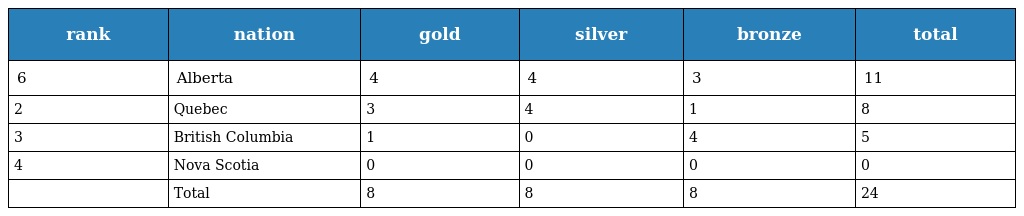
| rank | nation | gold | silver | bronze | total |
 | --- | --- | --- | --- | --- | --- |
 | 6 | Alberta | 4 | 4 | 3 | 11 |
 | 2 | Quebec | 3 | 4 | 1 | 8 |
 | 3 | British Columbia | 1 | 0 | 4 | 5 |
 | 4 | Nova Scotia | 0 | 0 | 0 | 0 |
 |  | Total | 8 | 8 | 8 | 24 |